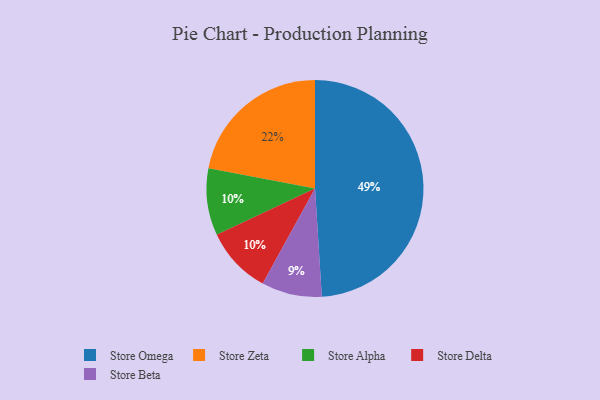
{"axis": {"x": "Category", "y": "Percentage"}, "legend": ["Store Alpha", "Store Beta", "Store Delta", "Store Omega", "Store Zeta"], "data": [{"x": "Store Alpha", "y": 10, "type": "Store Alpha"}, {"x": "Store Delta", "y": 10, "type": "Store Delta"}, {"x": "Store Omega", "y": 49, "type": "Store Omega"}, {"x": "Store Zeta", "y": 22, "type": "Store Zeta"}, {"x": "Store Beta", "y": 9, "type": "Store Beta"}]}